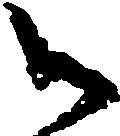
御